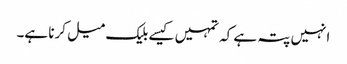
انہیں پتہ ہے کہ تمہیں کیسے بلیک میل کرنا ہے۔